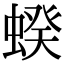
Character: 𧍜